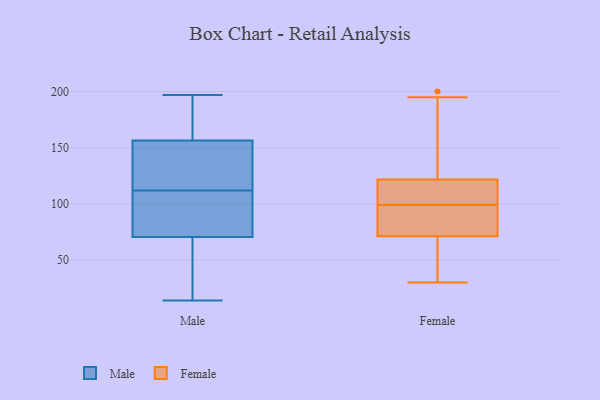
{"axis": {"x": "Humidity (%)", "y": "Value"}, "legend": ["Female", "Male"], "data": [{"x": "", "y": 31, "type": "Male"}, {"x": "", "y": 197, "type": "Male"}, {"x": "", "y": 113, "type": "Male"}, {"x": "", "y": 194, "type": "Male"}, {"x": "", "y": 62, "type": "Male"}, {"x": "", "y": 113, "type": "Male"}, {"x": "", "y": 104, "type": "Male"}, {"x": "", "y": 117, "type": "Male"}, {"x": "", "y": 26, "type": "Male"}, {"x": "", "y": 181, "type": "Male"}, {"x": "", "y": 136, "type": "Male"}, {"x": "", "y": 14, "type": "Male"}, {"x": "", "y": 121, "type": "Male"}, {"x": "", "y": 111, "type": "Male"}, {"x": "", "y": 92, "type": "Male"}, {"x": "", "y": 177, "type": "Male"}, {"x": "", "y": 81, "type": "Male"}, {"x": "", "y": 58, "type": "Male"}, {"x": "", "y": 79, "type": "Male"}, {"x": "", "y": 190, "type": "Male"}, {"x": "", "y": 99, "type": "Female"}, {"x": "", "y": 39, "type": "Female"}, {"x": "", "y": 75, "type": "Female"}, {"x": "", "y": 200, "type": "Female"}, {"x": "", "y": 30, "type": "Female"}, {"x": "", "y": 129, "type": "Female"}, {"x": "", "y": 80, "type": "Female"}, {"x": "", "y": 111, "type": "Female"}, {"x": "", "y": 195, "type": "Female"}, {"x": "", "y": 86, "type": "Female"}, {"x": "", "y": 70, "type": "Female"}, {"x": "", "y": 123, "type": "Female"}, {"x": "", "y": 118, "type": "Female"}, {"x": "", "y": 106, "type": "Female"}, {"x": "", "y": 49, "type": "Female"}]}